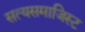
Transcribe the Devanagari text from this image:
सत्यसमाजिस्ट